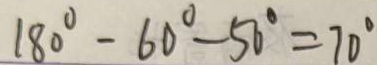
1 8 0 ^ { \circ } - 6 0 ^ { \circ } - 5 0 ^ { \circ } = 7 0 ^ { \circ }